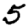
Digit: 5